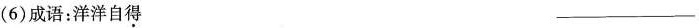
(6)成语：洋洋自得 ___